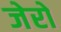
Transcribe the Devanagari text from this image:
जेरो